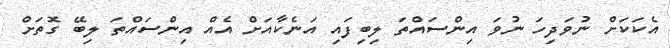
އެކަކަށް ނުވަދިހަ ނުވަ އިންސައްތަ ލިބިފައި އަނެކާއަށް އެއް އިންސައްތަ ލިބޭ ގޮތަށް